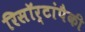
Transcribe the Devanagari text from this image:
रिसॉर्टांपैकी